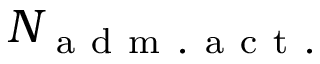
N _ { \mathrm { ~ a ~ d ~ m ~ . ~ a ~ c ~ t ~ . ~ } }